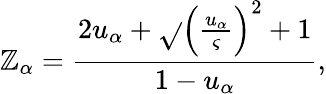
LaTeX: \mathbb{Z}_{\alpha}=\frac{{2u_{\alpha}+\sqrt{}{{{\left(\frac{{u_{\alpha}}}{{\varsigma}}\right)}^{2}+1}}}}{{1-u_{\alpha}}},